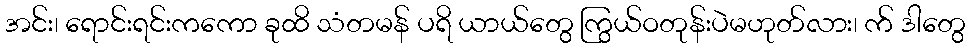
အင်း၊ ရောင်းရင်းကကော ခုထိ သံတမန် ပရိ ယာယ်တွေ ကြွယ်ဝတုန်းပဲမဟုတ်လား၊ က် ဒါတွေ